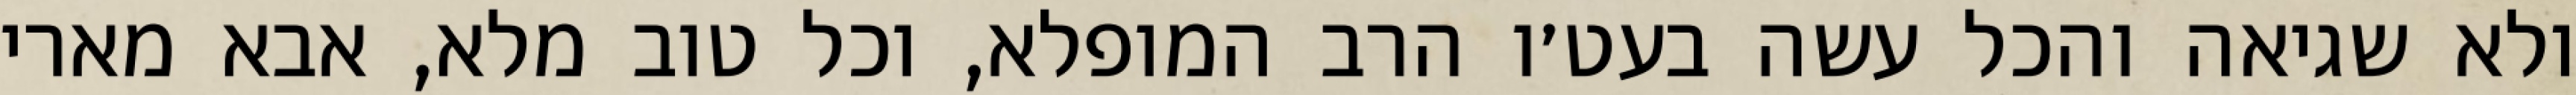
ולא שגיאה והכל עשה בעט׳ו הרב המופלא, וכל טוב מלא, אבא מארי